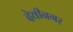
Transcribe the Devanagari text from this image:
देवीनगर